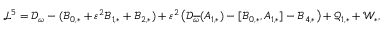
\begin{array} { r } { \mathcal { L } ^ { 5 } = \mathcal { D } _ { \omega } - ( \mathcal { B } _ { 0 , * } + \varepsilon ^ { 2 } \mathcal { B } _ { 1 , * } + \mathcal { B } _ { 2 , * } ) + \varepsilon ^ { 2 } \left( \mathcal { D } _ { \overline { { \omega } } } ( A _ { 1 , * } ) - [ \mathcal { B } _ { 0 , * } , A _ { 1 , * } ] - \mathcal { B } _ { 4 , * } \right) + \mathcal { Q } _ { 1 , * } + \mathcal { W } _ { * } , } \end{array}